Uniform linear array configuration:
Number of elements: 16
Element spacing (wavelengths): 0.25
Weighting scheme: hamming
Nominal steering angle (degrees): -45
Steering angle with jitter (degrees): -45.367
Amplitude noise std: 0.05
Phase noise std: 0.05

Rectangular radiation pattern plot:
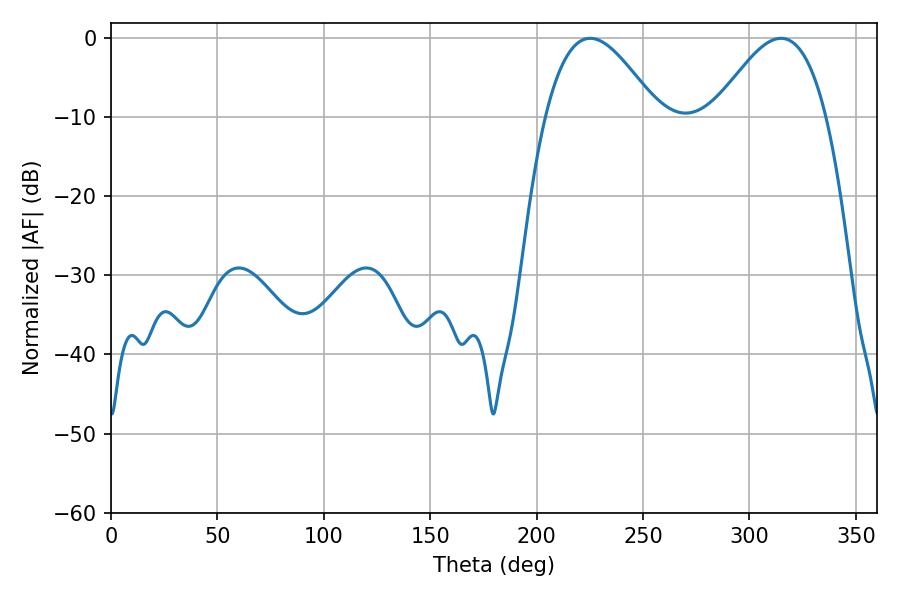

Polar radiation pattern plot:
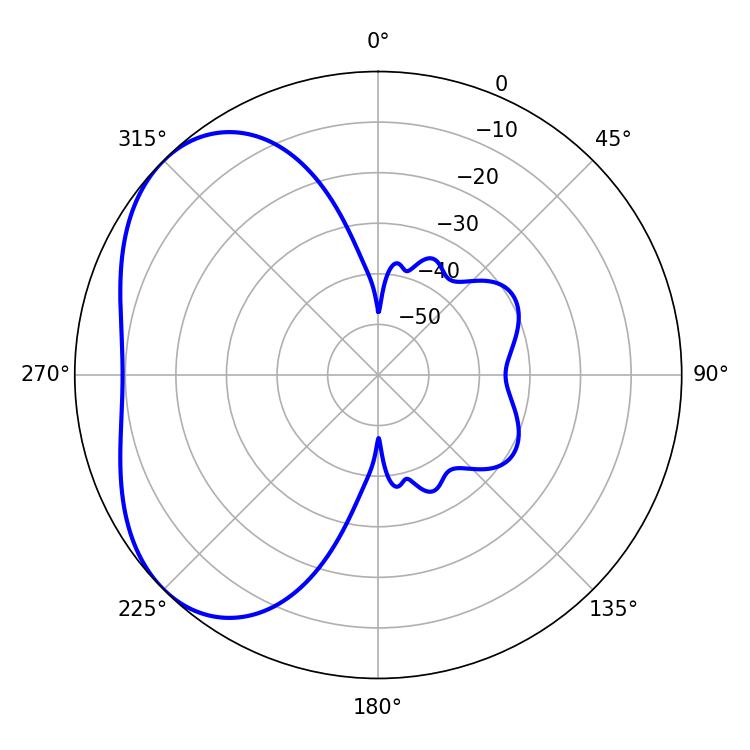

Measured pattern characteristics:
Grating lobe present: FALSE
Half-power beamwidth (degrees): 28.44
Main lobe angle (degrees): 225.18